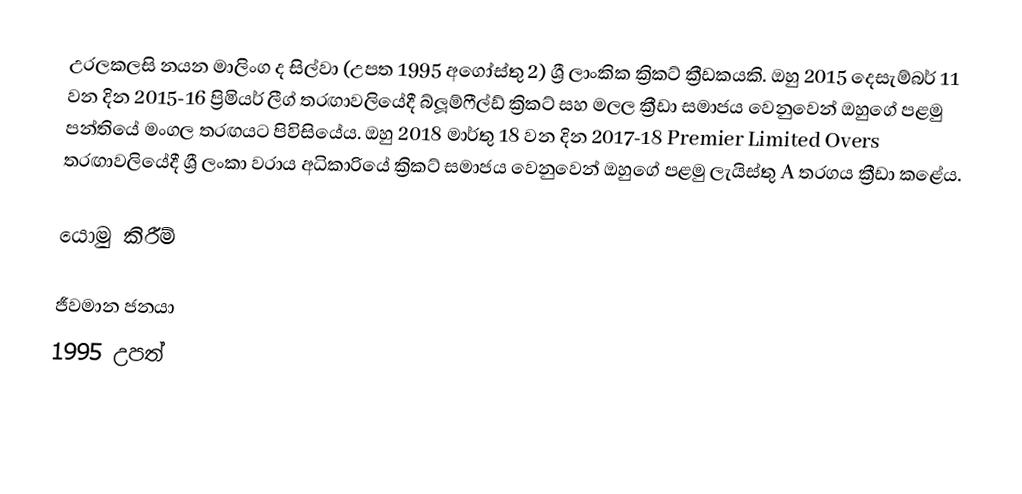
උරලකලසි නයන මාලිංග ද සිල්වා (උපත 1995 අගෝස්තු 2) ශ්‍රී ලාංකික ක්‍රිකට් ක්‍රීඩකයකි. ඔහු 2015 දෙසැම්බර් 11 වන දින 2015-16 ප්‍රිමියර් ලීග් තරඟාවලියේදී බ්ලූම්ෆීල්ඩ් ක්‍රිකට් සහ මලල ක්‍රීඩා සමාජය වෙනුවෙන් ඔහුගේ පළමු පන්තියේ මංගල තරඟයට පිවිසියේය. ඔහු 2018 මාර්තු 18 වන දින 2017-18 Premier Limited Overs තරඟාවලියේදී ශ්‍රී ලංකා වරාය අධිකාරියේ ක්‍රිකට් සමාජය වෙනුවෙන් ඔහුගේ පළමු ලැයිස්තු A තරගය ක්‍රීඩා කළේය.

යොමු කිරීම්

ජීවමාන ජනයා
1995 උපත්